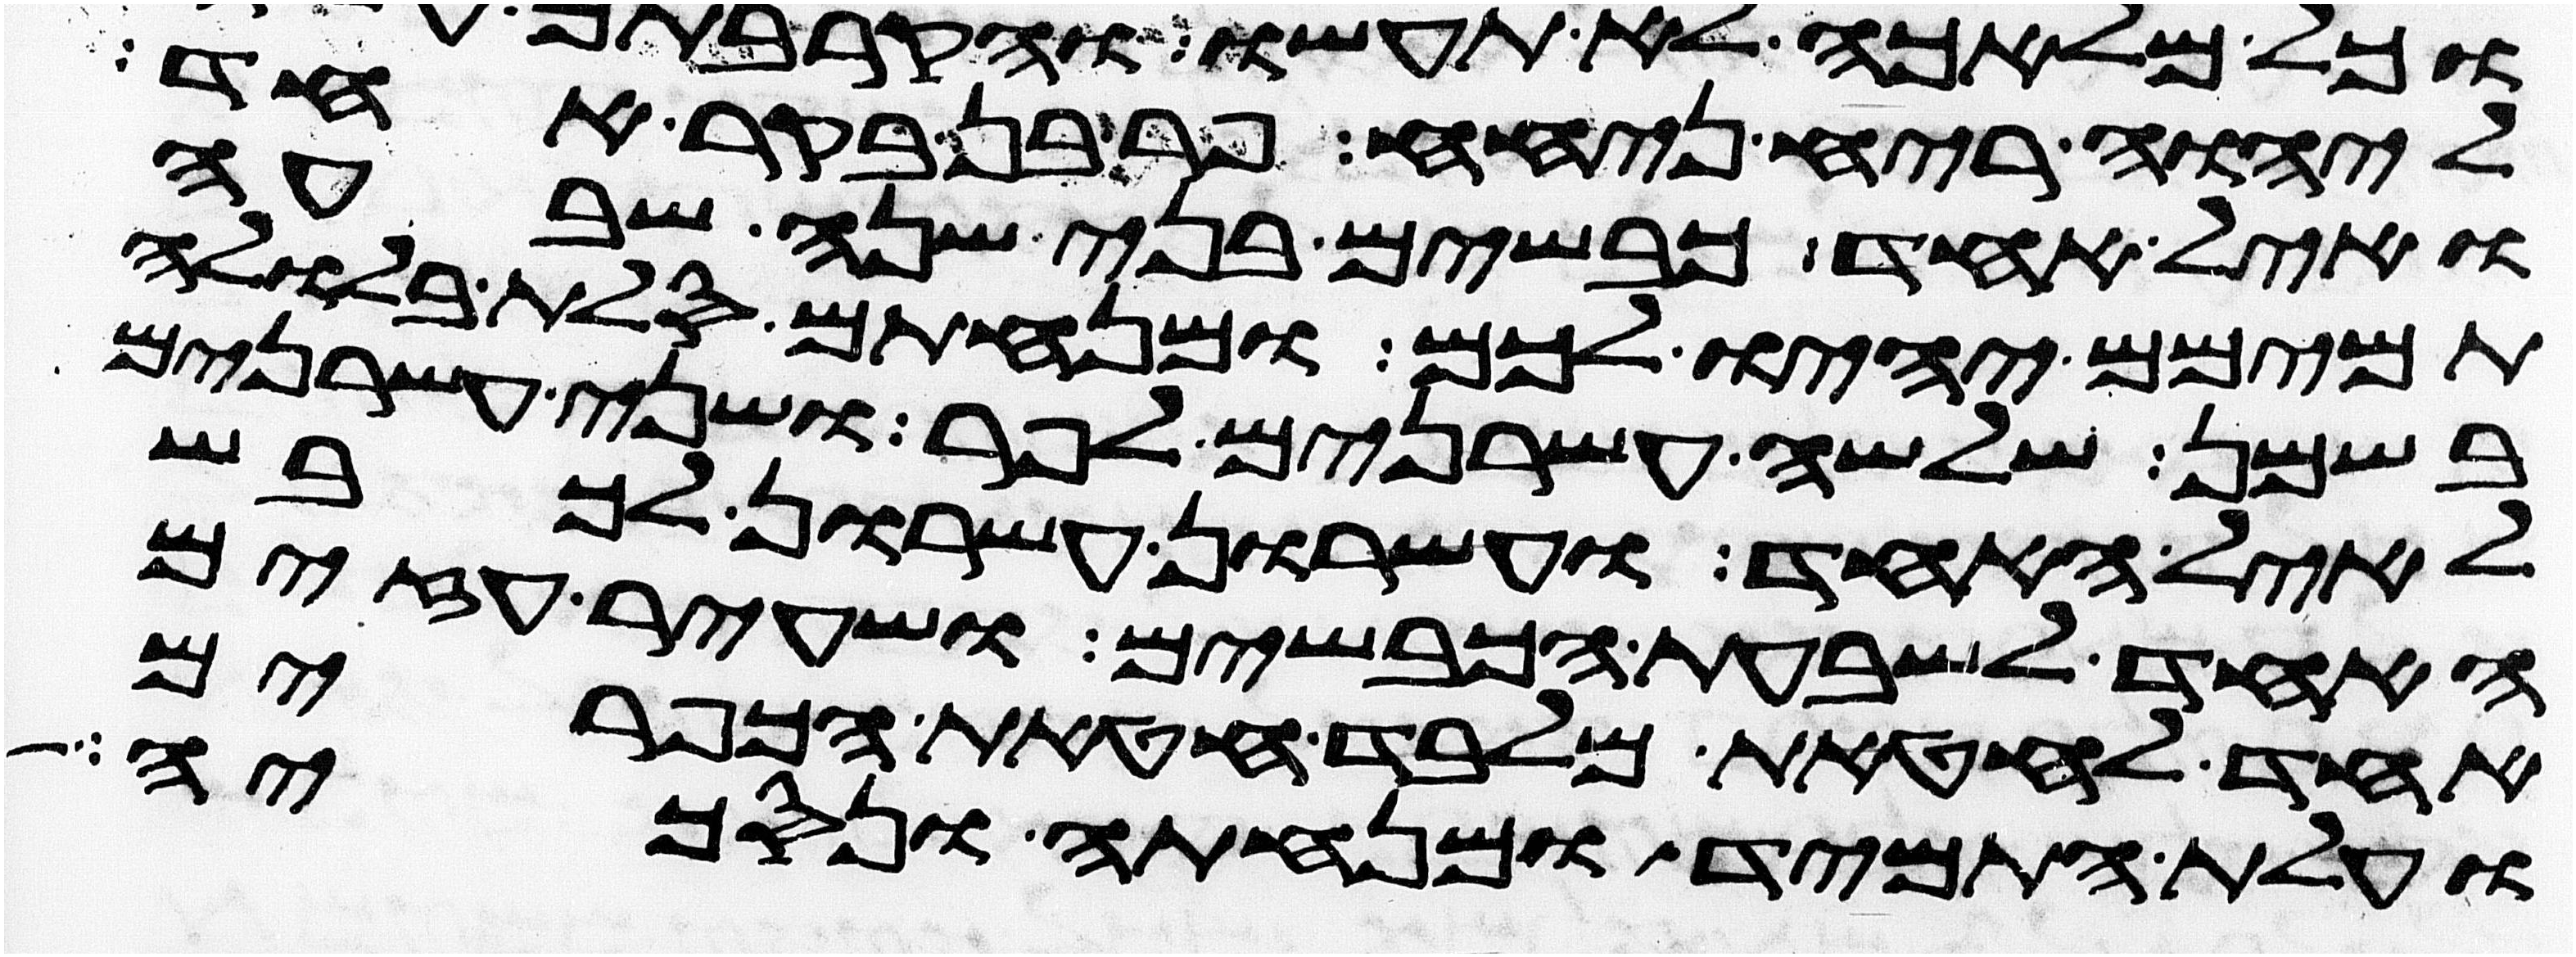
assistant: ליהוה ריח ניחח פר בן בקר אחד
ואיל אחד כבשים בני שנה שבעה
תמימם יהיו לכם ומנחתם סלת בלולה
בשמן שלשה עשרנים לפר ושני עשרנים
לאיל האחד ועשרון עשרון לכבש
האחד לשבעת הכבשים ושעיר עזים
אחד לחטאת מלבד חטאת הכפורים
ועלת התמיד ומנחתה ונסכיה